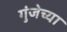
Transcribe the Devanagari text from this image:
गुंजेच्या